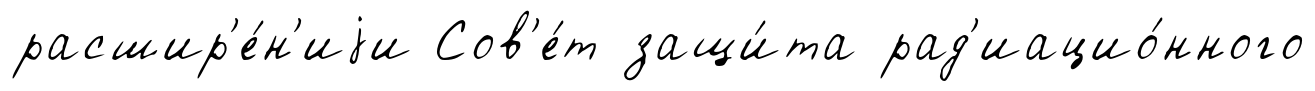
расшир'е́н'иjи Сов'е́т защи́та рад'иацио́нного